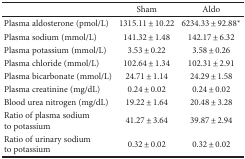
|  | Sham | Aldo |
 | --- | --- | --- |
 | Plasma aldosterone (pmol/L) | 1315.11 ± 10.22 | 6234.33 ± 92.88∗ |
 | Plasma sodium (mmol/L) | 141.32 ± 1.48 | 142.17 ± 6.32 |
 | Plasma potassium (mmol/L) | 3.53 ± 0.22 | 3.58 ± 0.26 |
 | Plasma chloride (mmol/L) | 102.64 ± 1.34 | 102.31 ± 2.91 |
 | Plasma bicarbonate (mmol/L) | 24.71 ± 1.14 | 24.29 ± 1.58 |
 | Plasma creatinine (mg/dL) | 0.24 ± 0.02 | 0.24 ± 0.02 |
 | Blood urea nitrogen (mg/dL) | 19.22 ± 1.64 | 20.48 ± 3.28 |
 | Ratio of plasma sodium to potassium | 41.27 ± 3.64 | 39.87 ± 2.94 |
 | Ratio of urinary sodium to potassium | 0.32 ± 0.02 | 0.32 ± 0.02 |